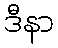
ဒီနာ